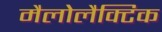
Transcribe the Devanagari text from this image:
मैलोलैक्टिक